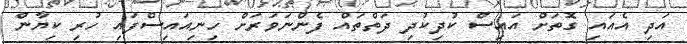
އަދި އެއައި ގޮތަށް އައިސް ކުދިކުދި ދަތްތައް ފެންނަވަރަށް ހިނިއައިސްފައި ހުރި ކިޔާން